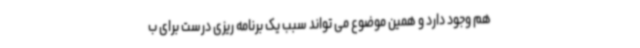
هم وجود دارد و همین موضوع می تواند سبب یک برنامه ریزی درست برای ب